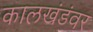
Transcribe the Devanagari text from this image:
कालखंडंवर